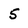
Character: 5